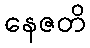
နေဇတိ